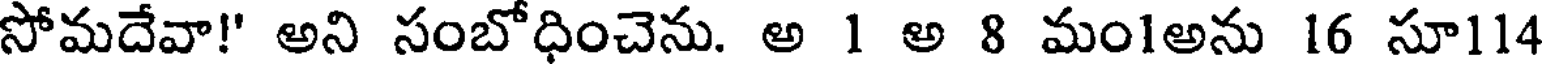
సోమదేవా!' అని సంబోధించెను. అ 1 అ 8 మం1అను 16 సూ114